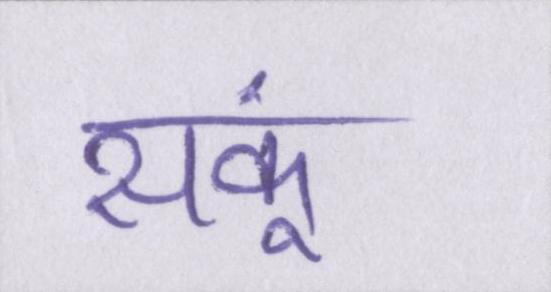
सकूं